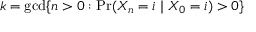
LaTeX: k = \operatorname* { g c d } \{ n > 0 : \operatorname* { P r } ( X _ { n } = i \mid X _ { 0 } = i ) > 0 \}